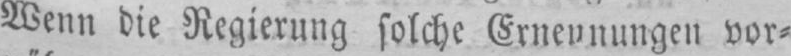
vor⸗